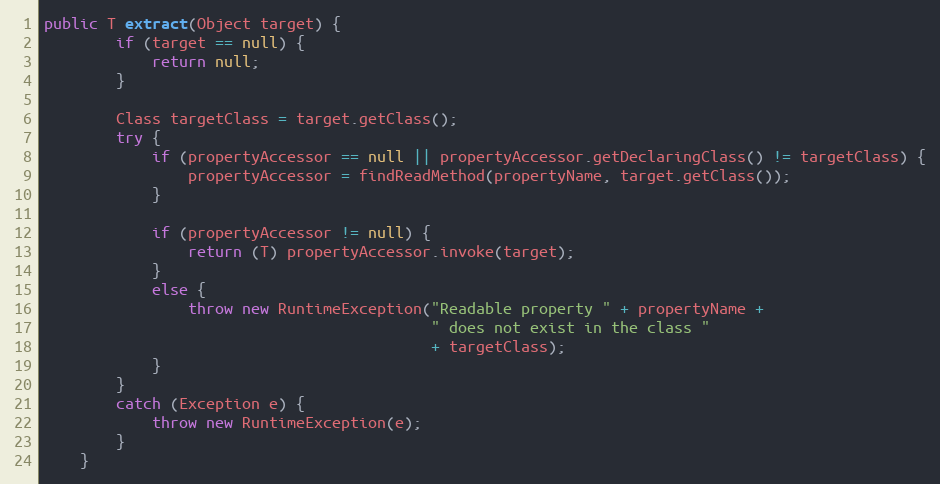
Language: Java
public T extract(Object target) {
        if (target == null) {
            return null;
        }

        Class targetClass = target.getClass();
        try {
            if (propertyAccessor == null || propertyAccessor.getDeclaringClass() != targetClass) {
                propertyAccessor = findReadMethod(propertyName, target.getClass());
            }

            if (propertyAccessor != null) {
                return (T) propertyAccessor.invoke(target);
            }
            else {
                throw new RuntimeException("Readable property " + propertyName +
                                           " does not exist in the class "
                                           + targetClass);
            }
        }
        catch (Exception e) {
            throw new RuntimeException(e);
        }
    }